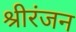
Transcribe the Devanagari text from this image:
श्रीरंजन